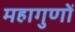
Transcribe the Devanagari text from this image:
महागुणों